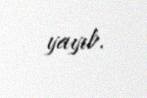
yayıb.